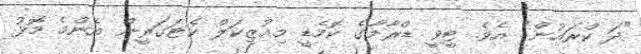
"ދަ ކްރައުން" އެވެ. ޓީވީ ޑްރާމާގެ ކޮމެޑީ މިއުޒިކަލް ކެޓަގަރީން އެންމެ މޮޅު